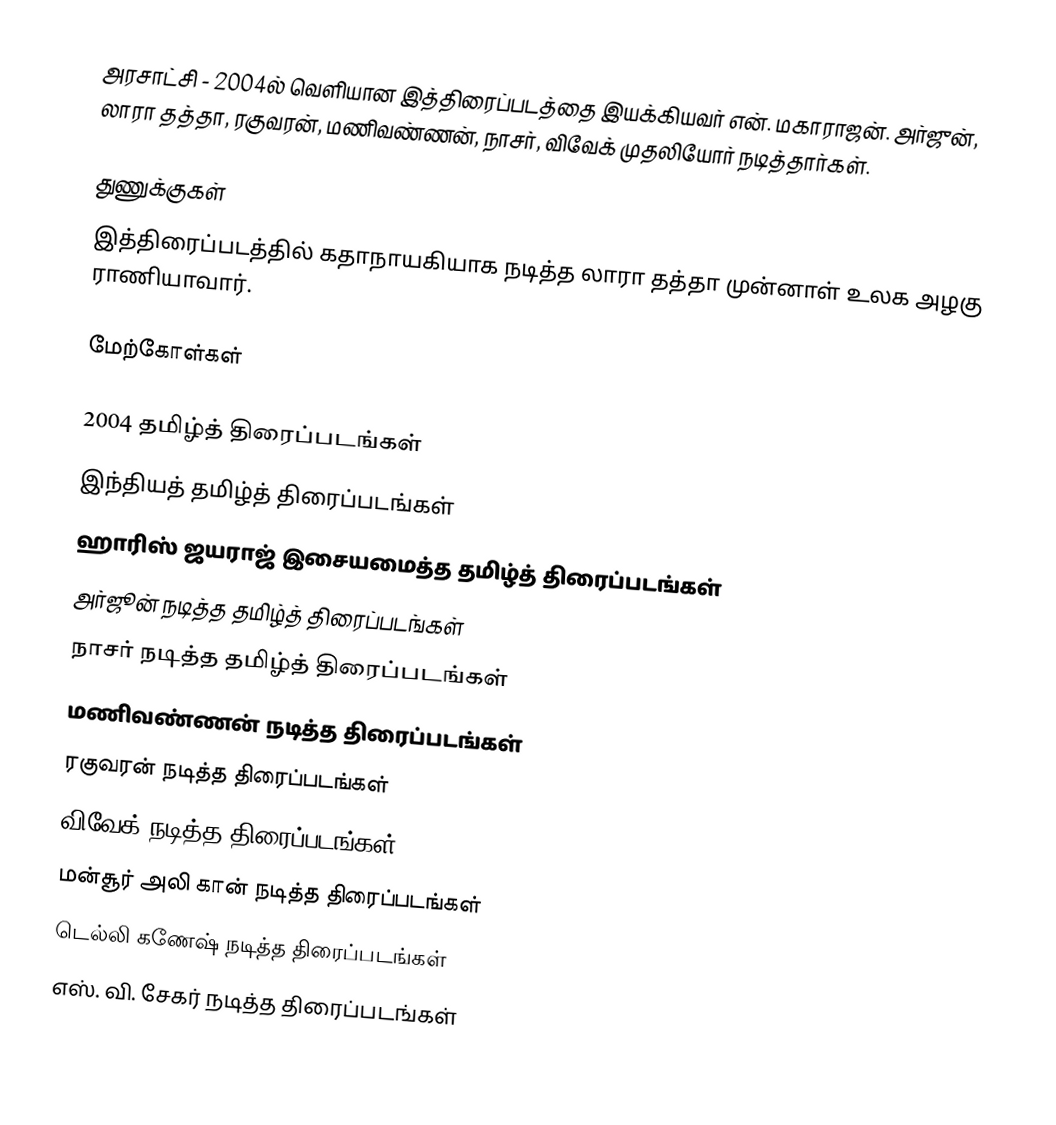
அரசாட்சி - 2004ல் வெளியான இத்திரைப்படத்தை இயக்கியவர் என். மகாராஜன். அர்ஜுன், லாரா தத்தா, ரகுவரன், மணிவண்ணன், நாசர், விவேக் முதலியோர் நடித்தார்கள்.

துணுக்குகள்
 இத்திரைப்படத்தில் கதாநாயகியாக நடித்த லாரா தத்தா முன்னாள் உலக அழகு ராணியாவார்.

மேற்கோள்கள்

2004 தமிழ்த் திரைப்படங்கள்
இந்தியத் தமிழ்த் திரைப்படங்கள்
ஹாரிஸ் ஜயராஜ் இசையமைத்த தமிழ்த் திரைப்படங்கள்
அர்ஜூன் நடித்த தமிழ்த் திரைப்படங்கள்
நாசர் நடித்த தமிழ்த் திரைப்படங்கள்
மணிவண்ணன் நடித்த திரைப்படங்கள்
ரகுவரன் நடித்த திரைப்படங்கள்
விவேக் நடித்த திரைப்படங்கள்
மன்சூர் அலி கான் நடித்த திரைப்படங்கள்
டெல்லி கணேஷ் நடித்த திரைப்படங்கள்
எஸ். வி. சேகர் நடித்த திரைப்படங்கள்